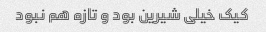
کیک خیلی شیرین بود و تازه هم نبود